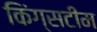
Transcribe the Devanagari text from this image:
किंग्सटीम